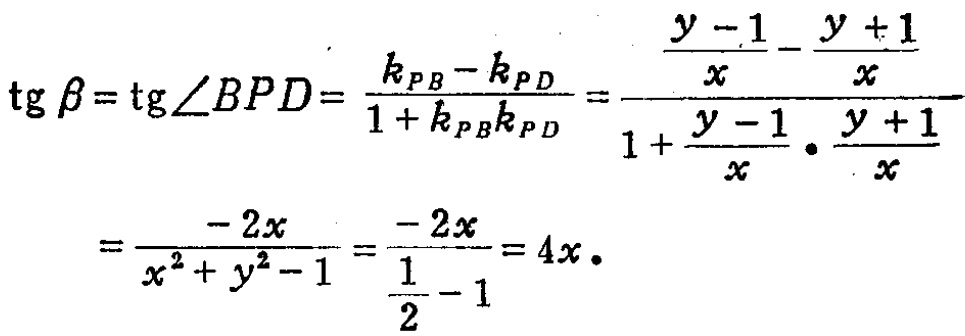
\[\begin{align*}
\operatorname{tg} \beta&=\operatorname{tg}\angle BPD=\frac{k_{PB}-k_{PD}}{1 + k_{PB}k_{PD}}=\frac{\frac{y - 1}{x}-\frac{y + 1}{x}}{1+\frac{y - 1}{x}\cdot\frac{y + 1}{x}}\\
&=\frac{- 2x}{x^{2}+y^{2}-1}=\frac{- 2x}{\frac{1}{2}-1}=4x.
\end{align*}\]